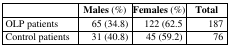
<table><thead><tr><td>[EMPTY_CELL]</td><td><b>Males (%)</b></td><td><b>Females (%)</b></td><td><b>Total</b></td></tr></thead><tbody><tr><td>OLP patients</td><td>65 (34.8)</td><td>122 (62.5</td><td>187</td></tr><tr><td>Control patients</td><td>31 (40.8)</td><td>45 (59.2)</td><td>76</td></tr></tbody></table>